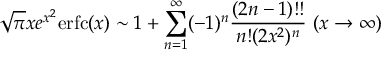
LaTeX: { \sqrt { \pi } } x e ^ { x ^ { 2 } } \mathrm { { e r f c } } ( x ) \sim 1 + \sum _ { n = 1 } ^ { \infty } ( - 1 ) ^ { n } { \frac { ( 2 n - 1 ) ! ! } { n ! ( 2 x ^ { 2 } ) ^ { n } } } \ ( x \to \infty )